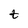
Character: t